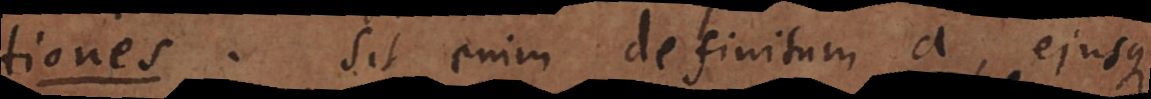
tiones. Sit enim definitum a, ejusque